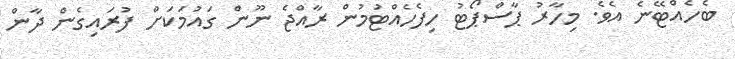
ބެހެއްޓޭނެ އެވެެ. މިހާރު ޕާސްޕޯޓު ހިފެހެއްޓުމުން ރާއްޖެ ނޫން ގައުމަކަށް ފުރައިގެން ދާން